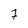
Character: 7